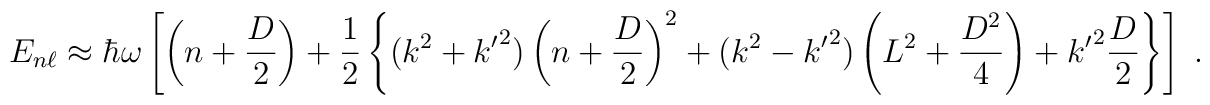
E_{n\ell}\approx \hbar\omega\left[  \left( n + \frac{D}{2} \right) + \frac{1}{2}  \left\{ (k^2 + {k'}^2 )\left( n + \frac{D}{2}\right)^2        + (k^2 - {k'}^2 )\left(L^2 + \frac{D^2}{4}\right)        + {k'}^2\frac{D}{2}  \right\}\right]\;.